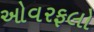
ઓવરફલો